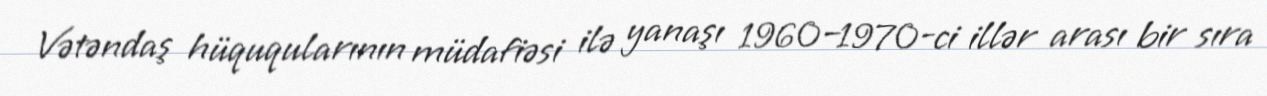
Vətəndaş hüquqularının müdafiəsi ilə yanaşı 1960–1970-ci illər arası bir sıra